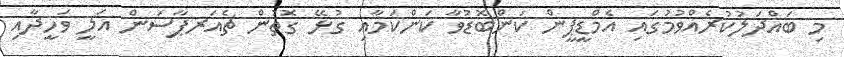
މި ބައްދަލުކުރެއްވުމުގައި އެމްޑީޕީން ކަންބޮޑުވާ ކަންކަމާއި ގުޅޭ ގޮތުން ޗެއަރޕާސަން އަލީ ވަހީދާއި